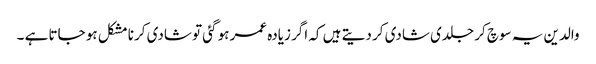
والدین یہ سوچ کر جلدی شادی کر دیتے ہیں کہ اگر زیادہ عمر ہو گئی تو شادی کرنا مشکل ہو جاتا ہے ۔